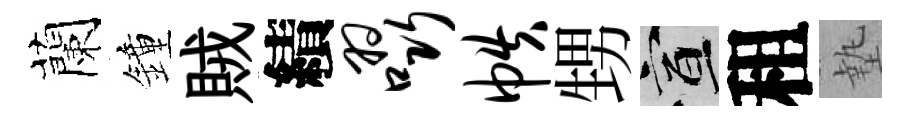
蘭鐘賊績啜帙甥宣租墊